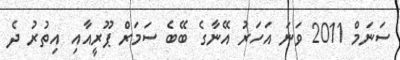
ސަނަމް 2011 ވަނަ އަހަރު އޭނާގެ ބޭބެ ސަމަރް ޕޫރީއާއި އިތުރު ދެ